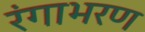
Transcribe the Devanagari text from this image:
रंगाभरण